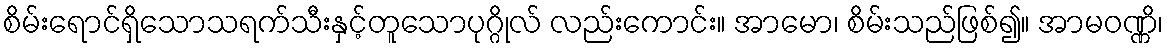
စိမ်းရောင်ရှိသောသရက်သီးနှင့်တူသောပုဂ္ဂိုလ် လည်းကောင်း။ အာမော၊ စိမ်းသည်ဖြစ်၍။ အာမဝဏ္ဏိ၊